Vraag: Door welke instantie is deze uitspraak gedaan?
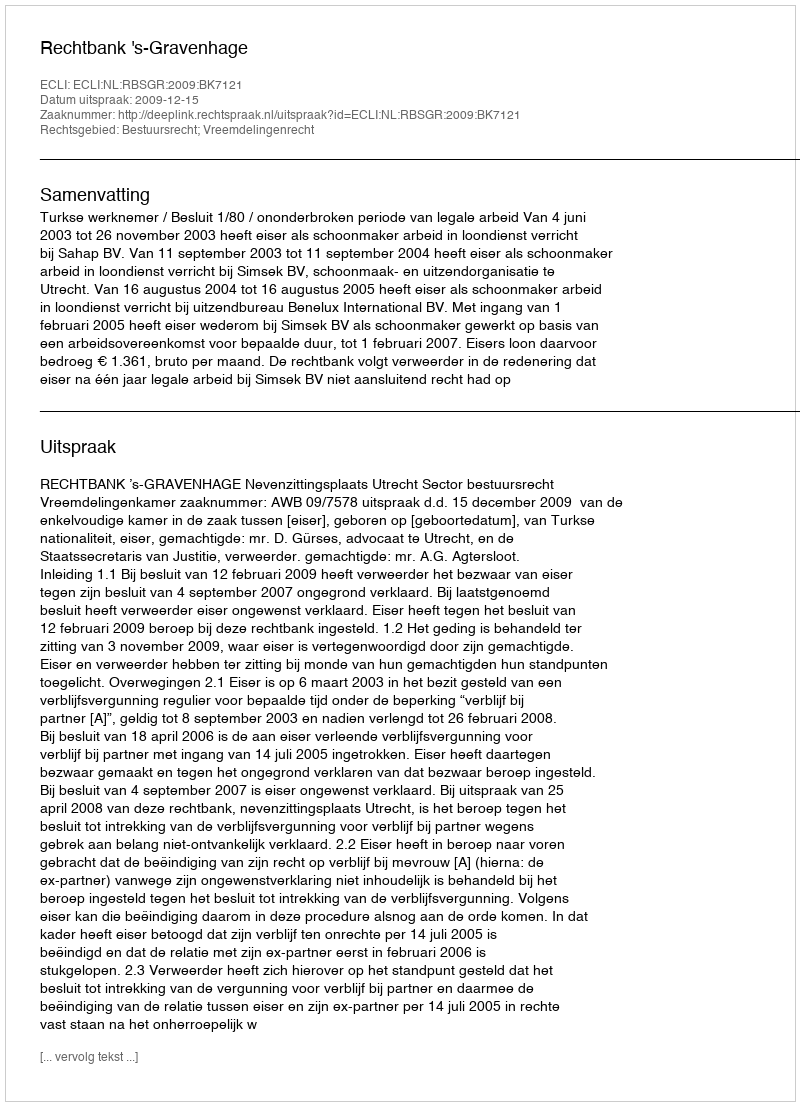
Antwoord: Rechtbank 's-Gravenhage